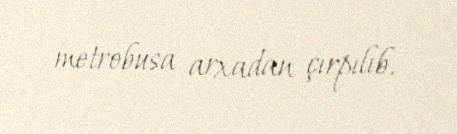
metrobusa arxadan çırpılıb.